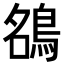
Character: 𮬶